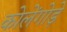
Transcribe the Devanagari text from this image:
कोलेंगोड़े